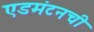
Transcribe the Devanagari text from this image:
एडमंटनची